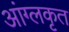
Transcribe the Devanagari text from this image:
आंग्लकृत